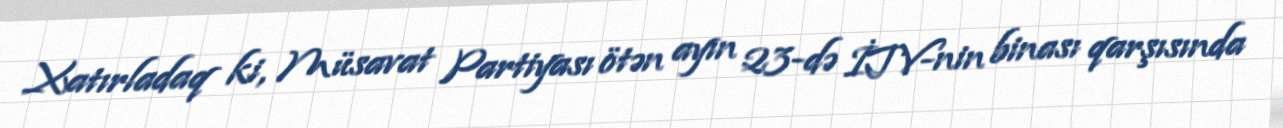
Xatırladaq ki, Müsavat Partiyası ötən ayın 23-də İTV-nin binası qarşısında